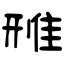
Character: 雃